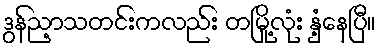
ဒွန်ညာ့သတင်းကလည်း တမြို့လုံး နှံ့နေပြီ။